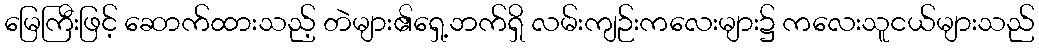
မြေကြီးဖြင့် ဆောက်ထားသည့် တဲများ၏ရှေ့ဘက်ရှိ လမ်းကျဉ်းကလေးများ၌ ကလေးသူငယ်များသည်